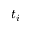
t _ { i }